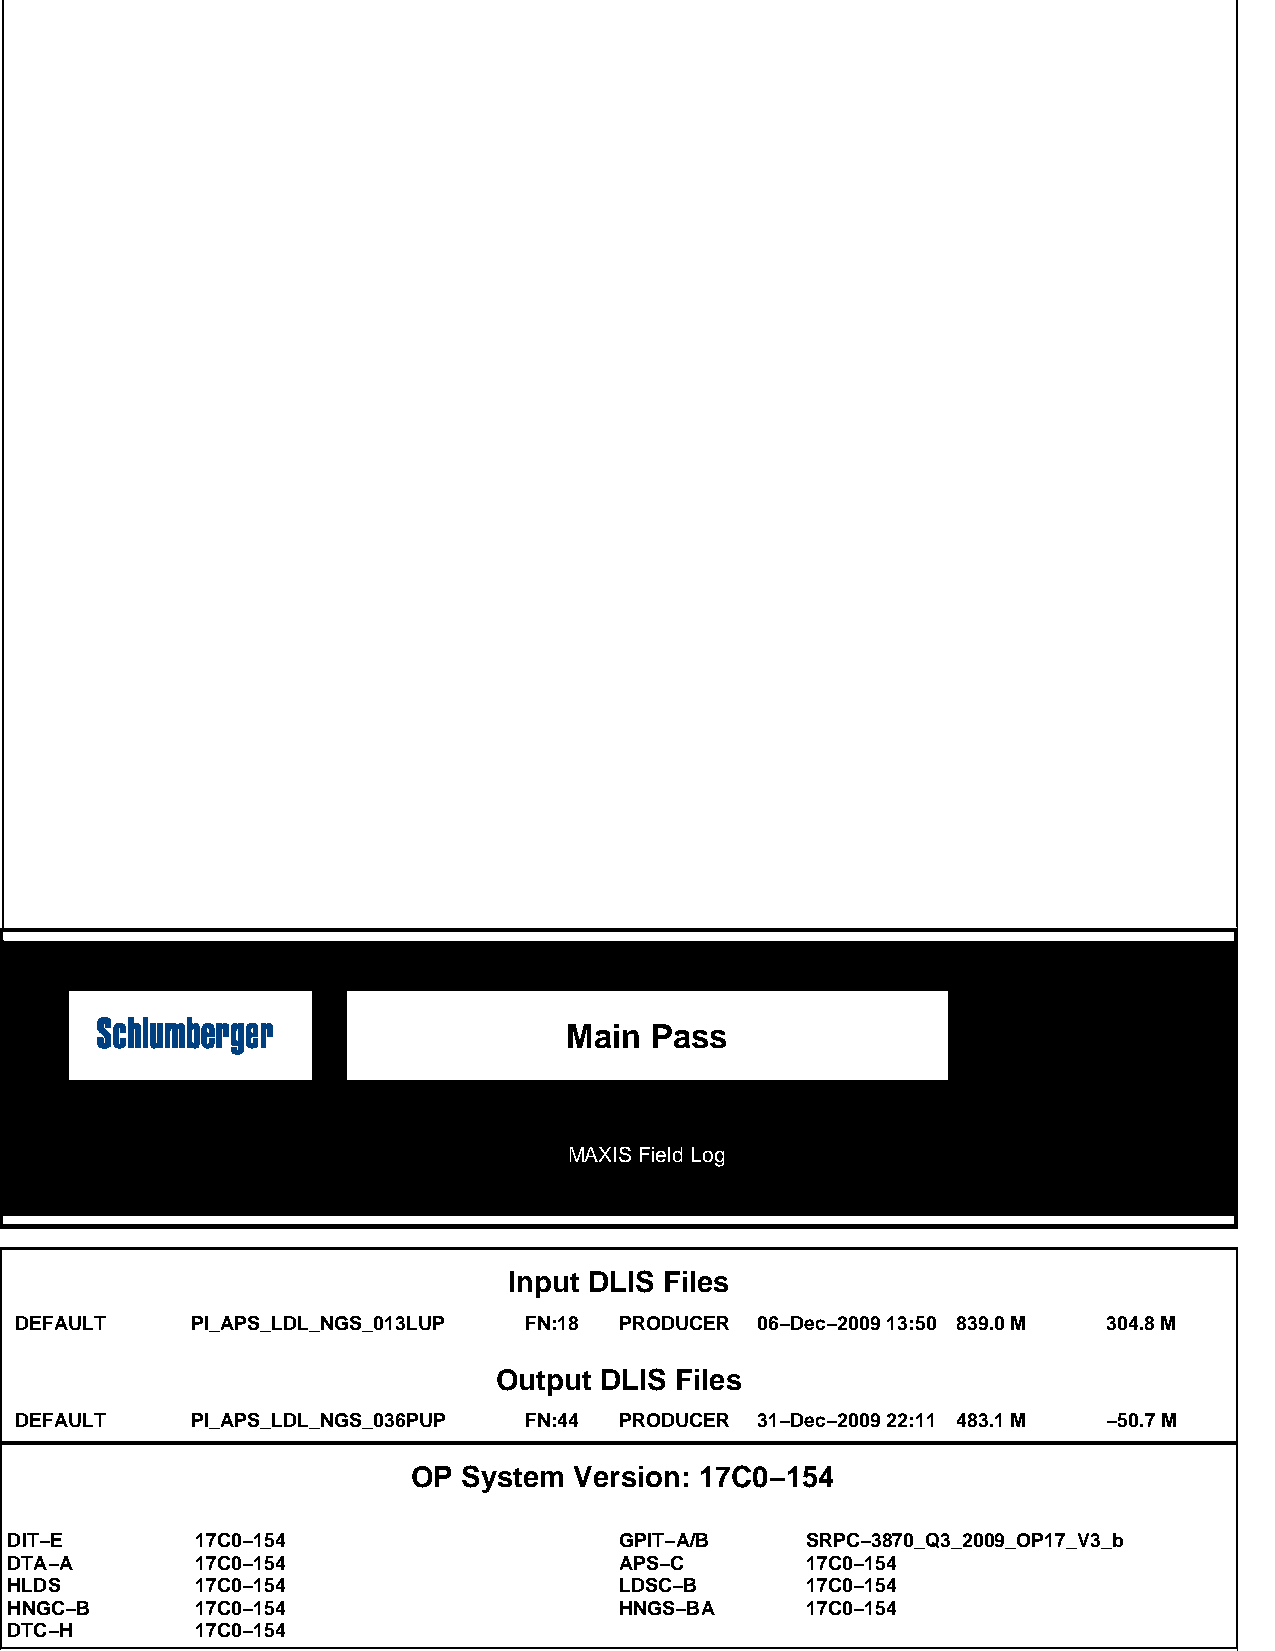
Main  Pass
 MAXIS Field Log
 Input DLIS Files
 DEFAULT     PI_APS_LDL_NGS_013LUP FN:18 PRODUCER 06−Dec−2009 13:50 839.0 M 304.8 M
 Output DLIS Files
 DEFAULT     PI_APS_LDL_NGS_036PUP FN:44 PRODUCER 31−Dec−2009 22:11 483.1 M −50.7 M
 OP  System Version: 17C0−154
 DIT−E        17C0−154                    GPIT−A/B    SRPC−3870_Q3_2009_OP17_V3_b
 DTA−A        17C0−154                    APS−C       17C0−154
 HLDS         17C0−154                    LDSC−B      17C0−154
 HNGC−B       17C0−154                    HNGS−BA     17C0−154
 DTC−H        17C0−154